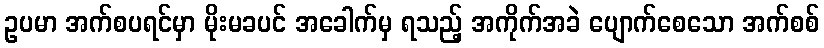
ဥပမာ အက်စပရင်မှာ မိုးမခပင် အခေါက်မှ ရသည့် အကိုက်အခဲ ပျောက်စေသော အက်စစ်